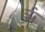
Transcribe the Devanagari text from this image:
र्ऋ